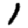
Digit: 1